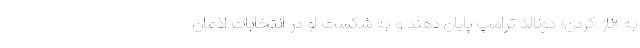
به «ناز کردن» دونالد ترامپ پایان دهند و به شکست او در انتخابات اذعان